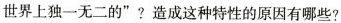
世界上独一无二的”?造成这种特性的原因有哪些?